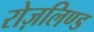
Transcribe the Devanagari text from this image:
रोज़लिण्ड